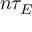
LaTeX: n \tau _ { E }